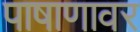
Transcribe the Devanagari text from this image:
पाषाणावर